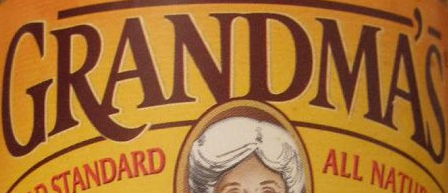
GRANDMA'S